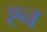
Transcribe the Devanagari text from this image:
श्‍न